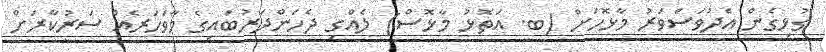
ގުޅިގެން އެދުވަސްވަރު މާޅޮހަށް (ބ. އަތޮޅު މާޅޮސް) ލެއްގި ދެހަންދަރުބައިގެ މާވަހަރެއް ސަރުކާރަށް